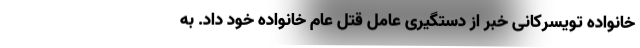
خانواده تویسرکانی خبر از دستگیری عامل قتل عام خانواده خود داد. به